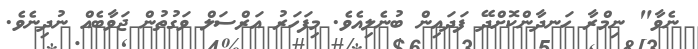
ނެވާ" ނިމްރާ ހަނދާންކޮށްދޭ ފަދައިން ބުނެލިއެވެ. މިފަހަރު އަރްސަލް ވަގުތުން ޖަވާބެއް ނުދިނެވެ.